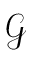
\mathcal { G }